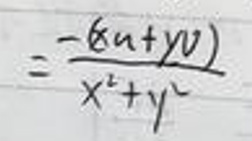
$= \frac{-6(x+y)}{x^{2}+y^{2}}$